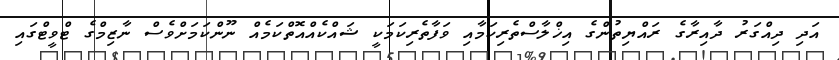
އަދި ދިއްގަރު ދާއިރާގެ ރައްޔިތުންގެ އިޚްލާސްތެރިކަމާއި ވަފާތެރިކަމަކީ ޝައްކެއްއޮތްކަމެއް ނޫންކަމަށްވެސް ނާޒިމްގެ ޓްވީޓްގައި